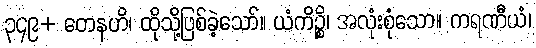
၃၄၉+ တေနဟိ၊ ထိုသို့ဖြစ်ခဲ့သော်။ ယံကိဉ္စိ၊ အလုံးစုံသော။ ကရဏီယံ၊